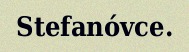
Stefanóvce.